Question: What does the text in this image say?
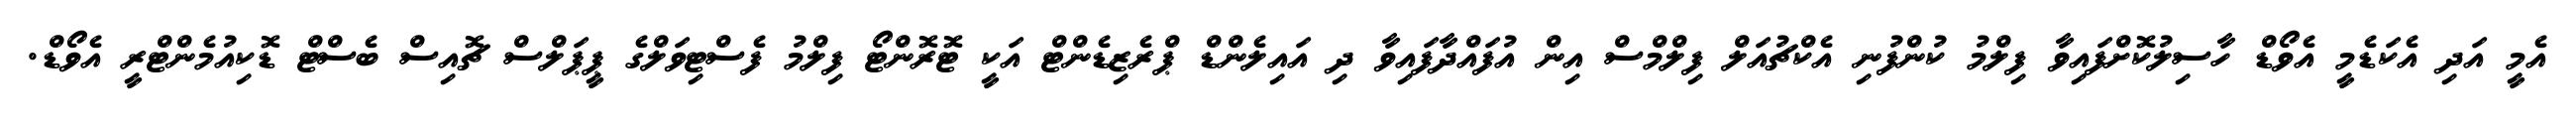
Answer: އެމީ އަދި އެކަޑެމީ އެވޯޑް ހާސިލުކޮށްފައިވާ ފިލްމު ކުންފުނި އެކްޗުއަލް ފިލްމްސް އިން އުފައްދާފައިވާ ދި އައިލެންޑް ޕްރެޒިޑެންޓް އަކީ ޓޮރޮންޓޯ ފިލްމު ފެސްޓިވަލްގެ ޕީޕަލްސް ޗޮއިސް ބެސްޓް ޑޮކިއުމެންޓްރީ އެވޯޑް.